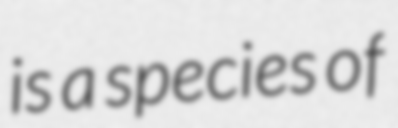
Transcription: is a species of